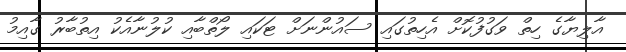
އާލިޔާގެ ހިތް ވަގުފުކޮށް އެހިތުގައި ސައުންނަށް ޓަކައި ލޯތްބާއި ކުލުނާއެކު އިތުބާރު ގާއިމު